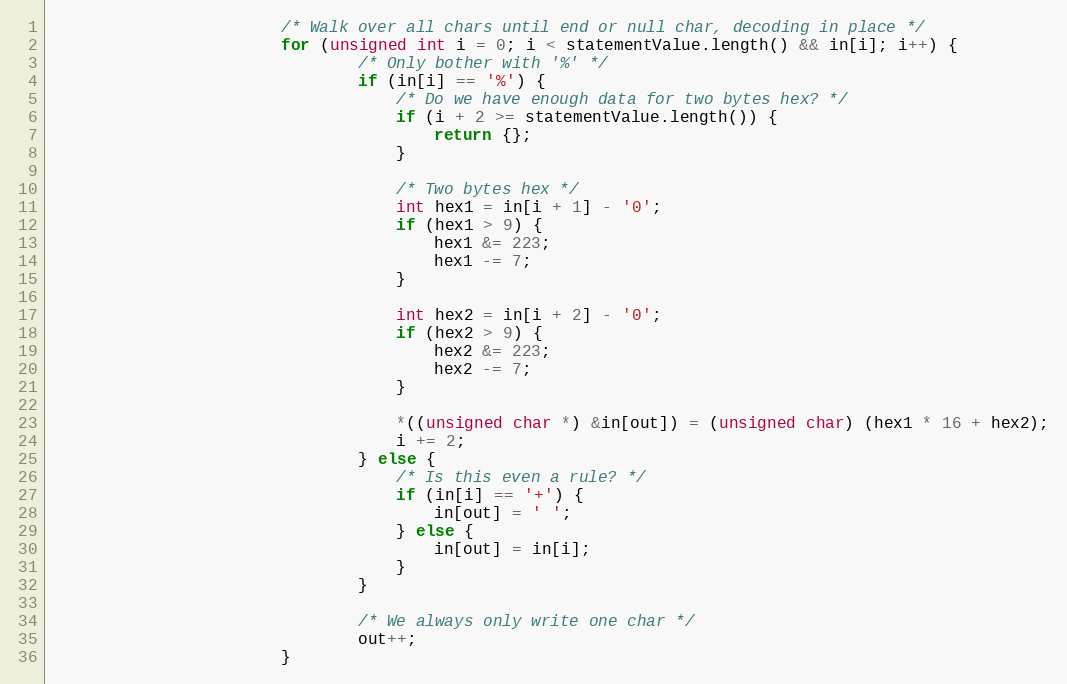
Language: C
                        /* Walk over all chars until end or null char, decoding in place */
                        for (unsigned int i = 0; i < statementValue.length() && in[i]; i++) {
                                /* Only bother with '%' */
                                if (in[i] == '%') {
                                    /* Do we have enough data for two bytes hex? */
                                    if (i + 2 >= statementValue.length()) {
                                        return {};
                                    }

                                    /* Two bytes hex */
                                    int hex1 = in[i + 1] - '0';
                                    if (hex1 > 9) {
                                        hex1 &= 223;
                                        hex1 -= 7;
                                    }

                                    int hex2 = in[i + 2] - '0';
                                    if (hex2 > 9) {
                                        hex2 &= 223;
                                        hex2 -= 7;
                                    }

                                    *((unsigned char *) &in[out]) = (unsigned char) (hex1 * 16 + hex2);
                                    i += 2;
                                } else {
                                    /* Is this even a rule? */
                                    if (in[i] == '+') {
                                        in[out] = ' ';
                                    } else {
                                        in[out] = in[i];
                                    }
                                }

                                /* We always only write one char */
                                out++;
                        }